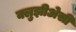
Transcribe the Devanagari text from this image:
क्लुझीअेसी